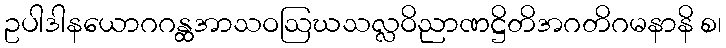
ဥပါဒါနယောဂဂန္ထအာသဝဩဃသလ္လဝိညာဏဋ္ဌိတိအဂတိဂမနာနိ စ၊